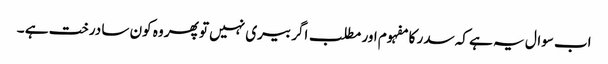
اب سوال یہ ہے کہ سدر کا مفہوم اور مطلب اگر بیری نہیں تو پھر وہ کون سا درخت ہے ۔